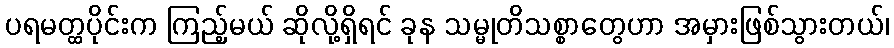
ပရမတ္ထပိုင်းက ကြည့်မယ် ဆိုလို့ရှိရင် ခုန သမ္မုတိသစ္စာတွေဟာ အမှားဖြစ်သွားတယ်၊